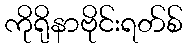
ကိုရိုနာဗိုင်းရတ်စ်